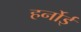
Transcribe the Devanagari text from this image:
हर्नोई